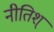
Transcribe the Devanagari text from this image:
नीतिश्